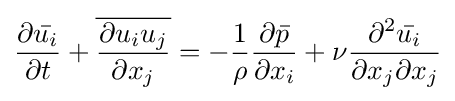
{\frac {\partial {\bar {u_{i}}}}{\partial t}}+{\overline {\frac {\partial u_{i}u_{j}}{\partial x_{j}}}}=-{\frac {1}{\rho }}{\frac {\partial {\bar {p}}}{\partial x_{i}}}+\nu {\frac {\partial ^{2}{\bar {u_{i}}}}{\partial x_{j}\partial x_{j}}}